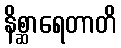
နိစ္ဆာရေတာတိ